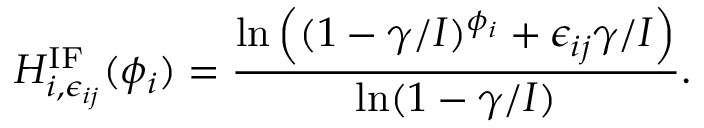
H _ { i , \epsilon _ { i j } } ^ { \mathrm { I F } } ( { \phi _ { i } } ) = \frac { \ln \left( ( 1 - \gamma / I ) ^ { \phi _ { i } } + \epsilon _ { i j } \gamma / I \right) } { \ln ( 1 - \gamma / I ) } .